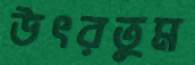
উৎরতুম